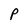
Character: P